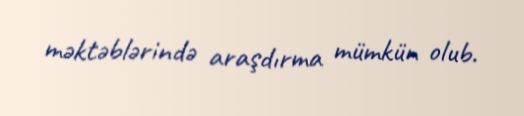
məktəblərində araşdırma mümkün olub.